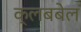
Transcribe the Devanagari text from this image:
क्लबबेल